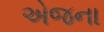
એજના